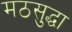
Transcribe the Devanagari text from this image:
मठसुद्धा